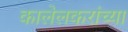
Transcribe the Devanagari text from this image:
कालेलकरांच्या